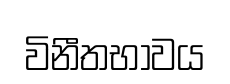
විනීතභාවය